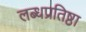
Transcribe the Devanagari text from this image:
लब्धप्रतिष्ठा